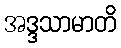
အဒ္ဒသာမာတိ